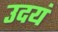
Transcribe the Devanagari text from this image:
उदयं